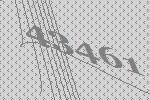
43461